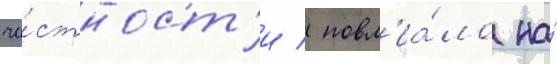
ча́стност'и / повл'иа́ло на́